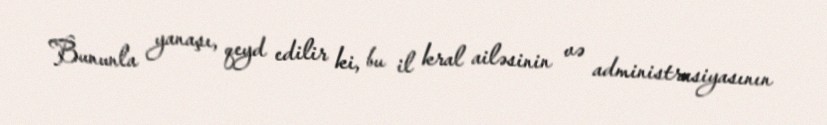
Bununla yanaşı, qeyd edilir ki, bu il kral ailəsinin və administrasiyasının